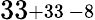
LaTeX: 33\substack{+33\, -8}